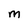
Character: M